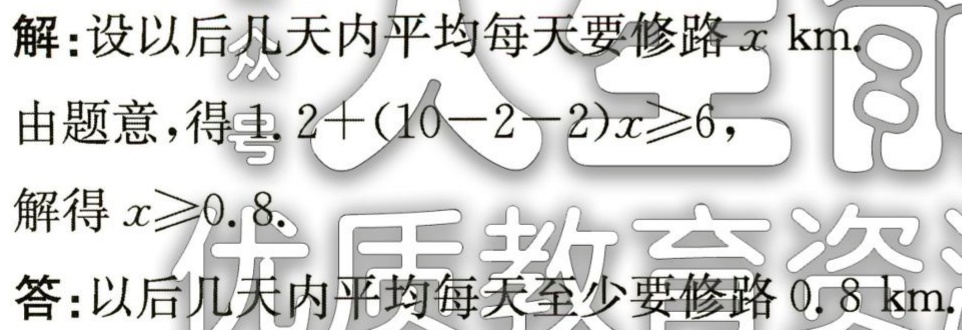
解：设以后几天内平均每天要修路\(x\)km.

由题意，得\(1.2 + (10 - 2 - 2)x\geqslant6\)，

解得\(x\geqslant0.8\).

答：以后几天内平均每天至少要修路\(0.8\)km.